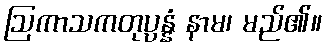
ဩကာသကတုပ္ပန္နံ နာမ၊ မည်၏။